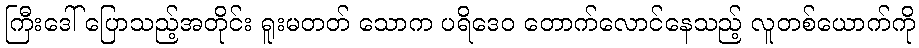
ကြီးဒေါ် ပြောသည့်အတိုင်း ရူးမတတ် သောက ပရိဒေဝ တောက်လောင်နေသည့် လူတစ်ယောက်ကို